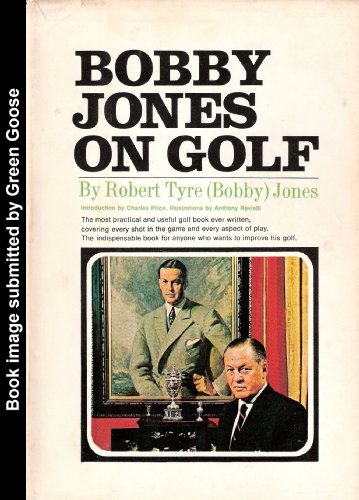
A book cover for Bobby Jones on Golf 1966 1st Edition; Robert Tyre (Bobby) Jones; Sports & Outdoors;